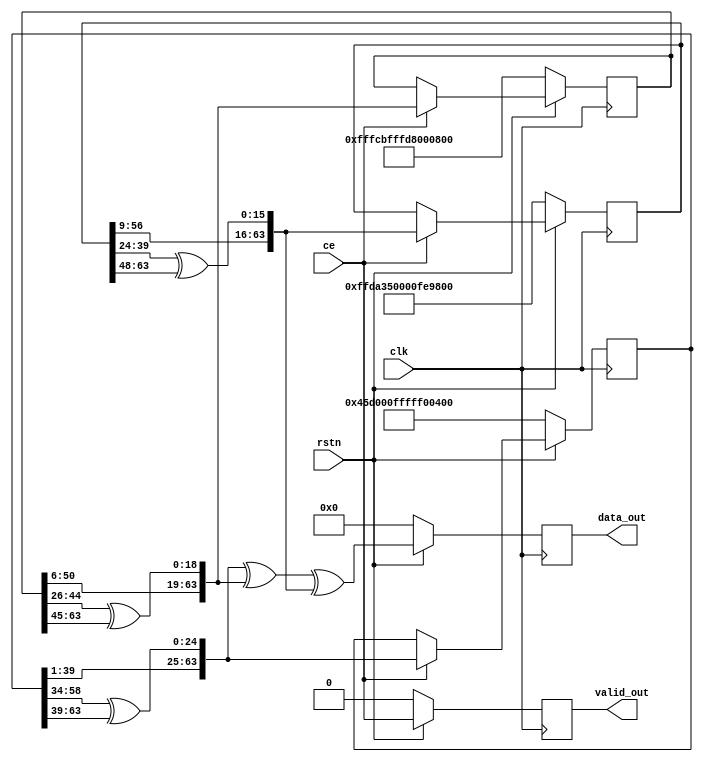
//------------------------------------------------------------------------------
//
// gng_ctg.v
//
// This file is part of the Gaussian Noise Generator IP Core
//
// Description
//     Maximally equidistributed combined Tausworthe generator with
// (k1,k2,k3) = (63,58,55); (q1,q2,q3) = (5,19,24); (s1,s2,s3) = (24,13,7).
// Period is approximately 2^176.
//
//------------------------------------------------------------------------------
//
// Copyright (C) 2014, Guangxi Liu <guangxi.liu@opencores.org>
//
// This source file may be used and distributed without restriction provided
// that this copyright statement is not removed from the file and that any
// derivative work contains the original copyright notice and the associated
// disclaimer.
//
// This source file is free software; you can redistribute it and/or modify it
// under the terms of the GNU Lesser General Public License as published by
// the Free Software Foundation; either version 2.1 of the License,
// or (at your option) any later version.
//
// This source is distributed in the hope that it will be useful, but
// WITHOUT ANY WARRANTY; without even the implied warranty of MERCHANTABILITY
// or FITNESS FOR A PARTICULAR PURPOSE. See the GNU Lesser General Public
// License for more details.
//
// You should have received a copy of the GNU Lesser General Public License
// along with this source; if not, download it from
// http://www.opencores.org/lgpl.shtml
//
//------------------------------------------------------------------------------


`timescale 1 ns / 1 ps


module gng_ctg #(
    parameter INIT_Z1 = 64'd5030521883283424767,
    parameter INIT_Z2 = 64'd18445829279364155008,
    parameter INIT_Z3 = 64'd18436106298727503359
)
(
    // System signals
    input clk,                    // system clock
    input rstn,                   // system synchronous reset, active low

    // Data interface
    input ce,                     // clock enable
    output reg valid_out,         // output data valid
    output reg [63:0] data_out    // output data
);

// Local variables
reg [63:0] z1, z2, z3;
wire [63:0] z1_next, z2_next, z3_next;


// Update state
assign z1_next = {z1[39:1], z1[58:34] ^ z1[63:39]};
assign z2_next = {z2[50:6], z2[44:26] ^ z2[63:45]};
assign z3_next = {z3[56:9], z3[39:24] ^ z3[63:48]};

always @ (posedge clk) begin
    if (!rstn) begin
        z1 <= INIT_Z1;
        z2 <= INIT_Z2;
        z3 <= INIT_Z3;
    end
    else if (ce) begin
        z1 <= z1_next;
        z2 <= z2_next;
        z3 <= z3_next;
    end
end


// Output data
always @ (posedge clk) begin
    if (!rstn)
        valid_out <= 1'b0;
    else
        valid_out <= ce;
end

always @ (posedge clk) begin
    if (!rstn)
        data_out <= 64'd0;
    else
        data_out <= z1_next ^ z2_next ^ z3_next;
end


endmodule